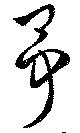
争